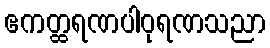
ဧကတ္ထရဏပါဝုရဏသညာ